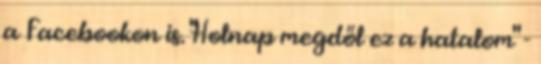
a Facebookon is. "Holnap megdől ez a hatalom" -